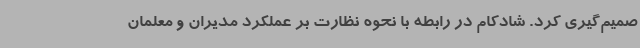
صمیم‌گیری کرد. شادکام در رابطه با نحوه نظارت بر عملکرد مدیران و معلمان